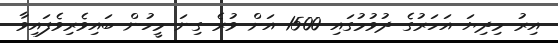
އިރު މިދިޔަ އަހަރުގެ ދުވުމުގައި 1500 އަށް ވުރެ ގިނަ މީހުން ބައިވެރިވެފައިވާ